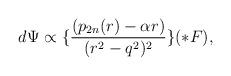
LaTeX: \begin{align*}d\Psi \propto \lbrace \frac{(p_{2n}(r) - \alpha r)}{(r^2 - q^2)^2}\rbrace (\ast F),\end{align*}